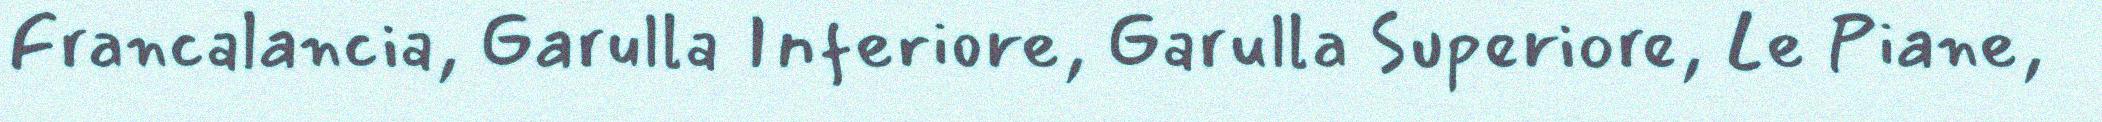
Francalancia, Garulla Inferiore, Garulla Superiore, Le Piane,